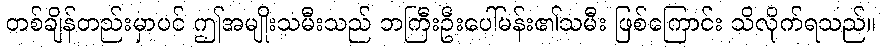
တစ်ချိန်တည်းမှာပင် ဤအမျိုးသမီးသည် ဘကြီးဦးပေါ်မန်း၏သမီး ဖြစ်ကြောင်း သိလိုက်ရသည်။